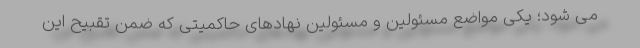
می شود؛ یکی مواضع مسئولین و مسئولین نهادهای حاکمیتی که ضمن تقبیح این